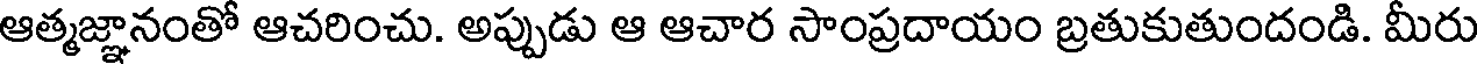
ఆత్మజ్ఞానంతో ఆచరించు. అప్పుడు ఆ ఆచార సాంప్రదాయం బ్రతుకుతుందండి. మీరు